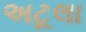
અટૂલા